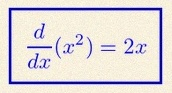
\frac{d}{dx}(x^2)=2x